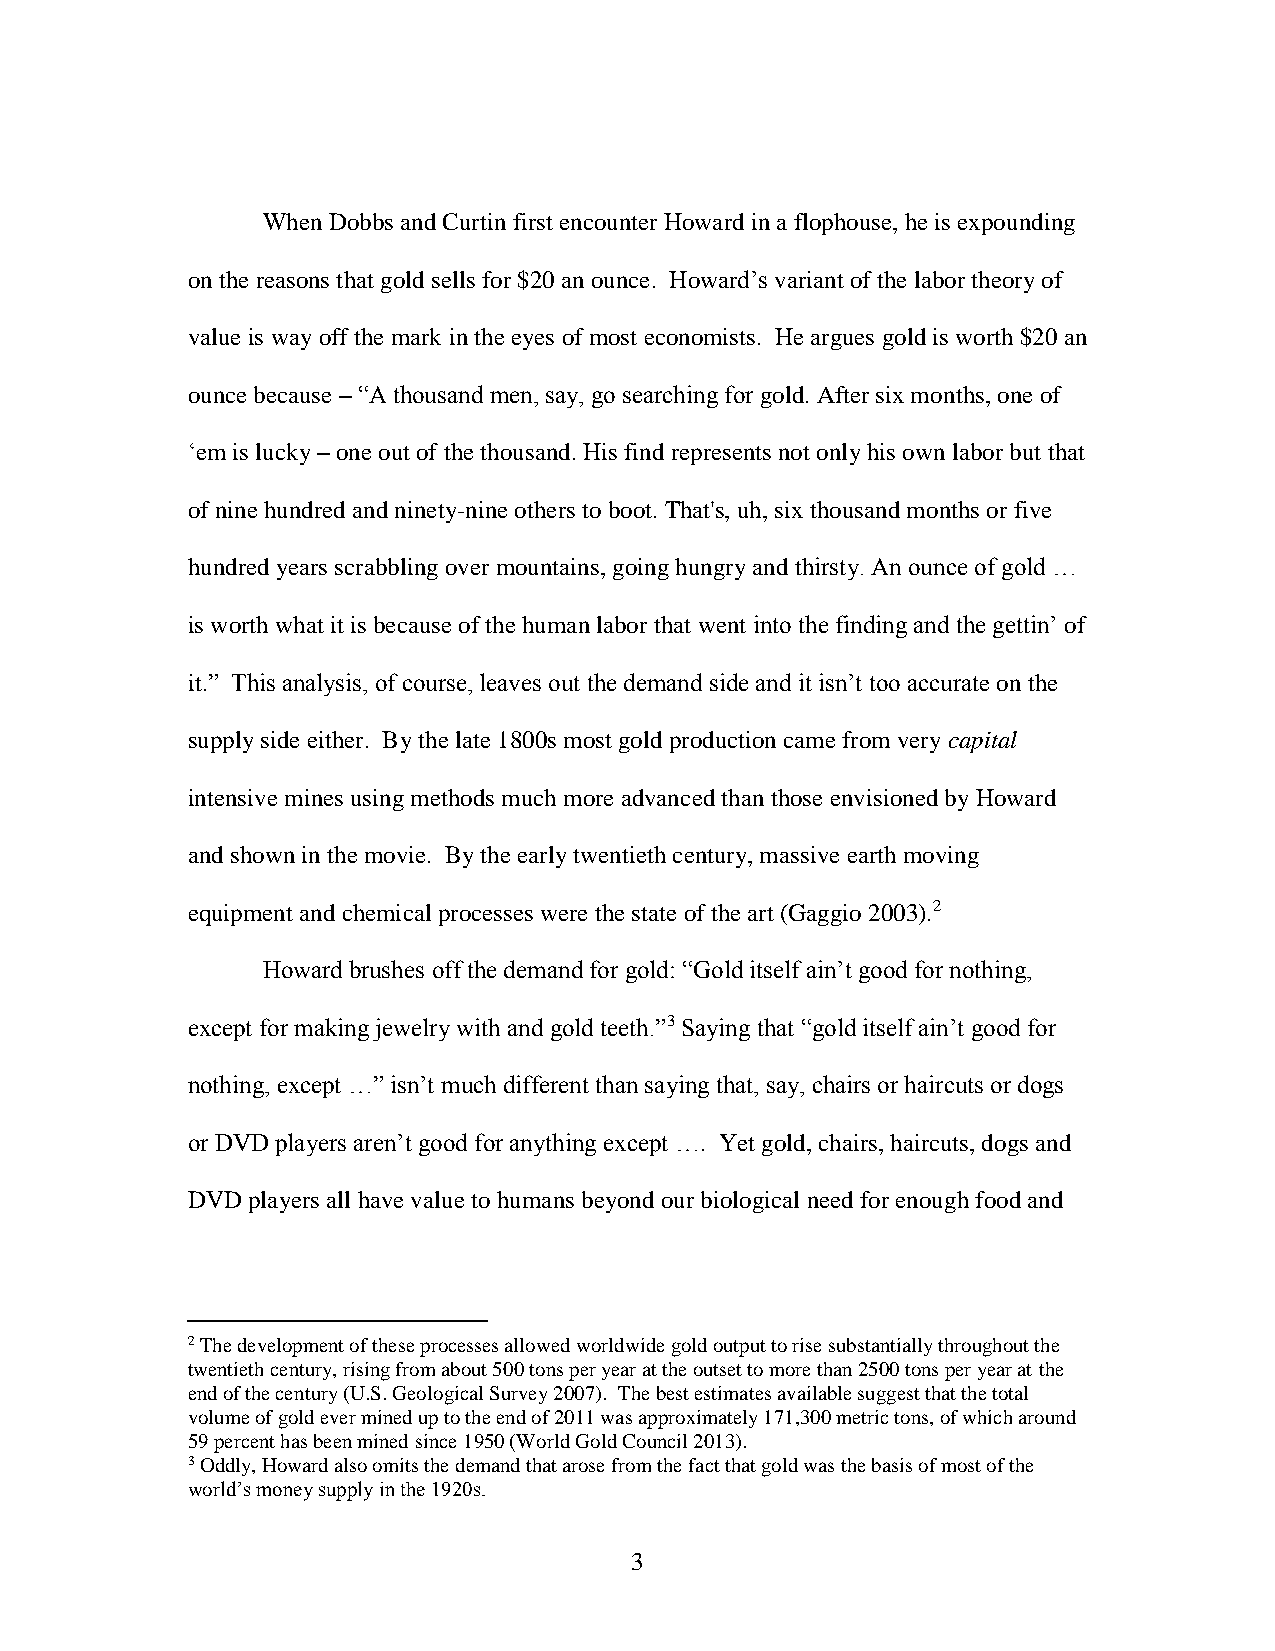
When Dobbs and Curtin first encounter Howard in a flophouse, he is expounding
 on the reasons that gold sells for $20 an ounce. Howard’s variant of the labor theory of
 value is way off the mark in the eyes of most economists. He argues gold is worth $20 an
 ounce because – “A thousand men, say, go searching for gold. After six months, one of
 ‘em is lucky – one out of the thousand. His find represents not only his own labor but that
 of nine hundred and ninety-nine others to boot. That's, uh, six thousand months or five
 hundred years scrabbling over mountains, going hungry and thirsty. An ounce of gold …
 is worth what it is because of the human labor that went into the finding and the gettin’ of
 it.” This analysis, of course, leaves out the demand side and it isn’t too accurate on the
 supply side either. By the late 1800s most gold production came from very capital
 intensive mines using methods much more advanced than those envisioned by Howard
 and shown in the movie. By the early twentieth century, massive earth moving
 equipment and chemical processes were the state of the art (Gaggio 2003).2
 Howard brushes off the demand for gold: “Gold itself ain’t good for nothing,
 except for making jewelry with and gold teeth.”3 Saying that “gold itself ain’t good for
 nothing, except …” isn’t much different than saying that, say, chairs or haircuts or dogs
 or DVD players aren’t good for anything except …. Yet gold, chairs, haircuts, dogs and
 DVD players all have value to humans beyond our biological need for enough food and
 2 The development of these processes allowed worldwide gold output to rise substantially throughout the
 twentieth century, rising from about 500 tons per year at the outset to more than 2500 tons per year at the
 end of the century (U.S. Geological Survey 2007). The best estimates available suggest that the total
 volume of gold ever mined up to the end of 2011 was approximately 171,300 metric tons, of which around
 59 percent has been mined since 1950 (World Gold Council 2013).
 3 Oddly, Howard also omits the demand that arose from the fact that gold was the basis of most of the
 world’s money supply in the 1920s.
 3